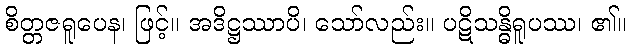
စိတ္တဇရူပေန၊ ဖြင့်။ အဒိဋ္ဌဿာပိ၊ သော်လည်း။ ပဋိသန္ဓိရူပဿ၊ ၏။